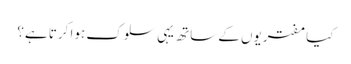
کیا مفتریوں کے ساتھ یہی سلوک ہوا کرتا ہے؟